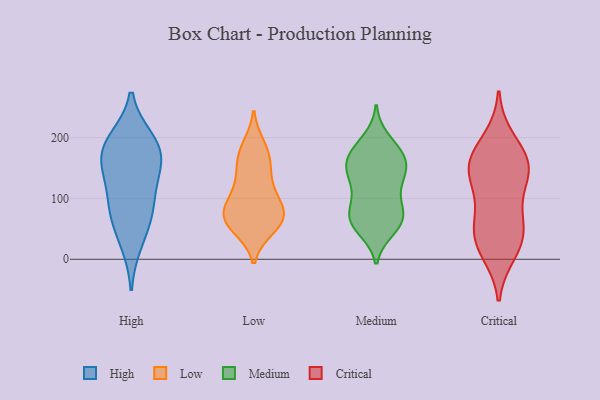
{"axis": {"x": "LTV (USD)", "y": "Value"}, "legend": ["Critical", "High", "Low", "Medium"], "data": [{"x": "", "y": 97, "type": "High"}, {"x": "", "y": 190, "type": "High"}, {"x": "", "y": 181, "type": "High"}, {"x": "", "y": 27, "type": "High"}, {"x": "", "y": 145, "type": "High"}, {"x": "", "y": 71, "type": "High"}, {"x": "", "y": 139, "type": "High"}, {"x": "", "y": 76, "type": "High"}, {"x": "", "y": 196, "type": "High"}, {"x": "", "y": 168, "type": "High"}, {"x": "", "y": 61, "type": "Low"}, {"x": "", "y": 90, "type": "Low"}, {"x": "", "y": 59, "type": "Low"}, {"x": "", "y": 185, "type": "Low"}, {"x": "", "y": 147, "type": "Low"}, {"x": "", "y": 176, "type": "Low"}, {"x": "", "y": 111, "type": "Low"}, {"x": "", "y": 52, "type": "Low"}, {"x": "", "y": 77, "type": "Low"}, {"x": "", "y": 66, "type": "Low"}, {"x": "", "y": 164, "type": "Low"}, {"x": "", "y": 68, "type": "Low"}, {"x": "", "y": 88, "type": "Low"}, {"x": "", "y": 127, "type": "Low"}, {"x": "", "y": 148, "type": "Medium"}, {"x": "", "y": 111, "type": "Medium"}, {"x": "", "y": 69, "type": "Medium"}, {"x": "", "y": 135, "type": "Medium"}, {"x": "", "y": 80, "type": "Medium"}, {"x": "", "y": 155, "type": "Medium"}, {"x": "", "y": 73, "type": "Medium"}, {"x": "", "y": 100, "type": "Medium"}, {"x": "", "y": 62, "type": "Medium"}, {"x": "", "y": 182, "type": "Medium"}, {"x": "", "y": 196, "type": "Medium"}, {"x": "", "y": 140, "type": "Medium"}, {"x": "", "y": 61, "type": "Medium"}, {"x": "", "y": 169, "type": "Medium"}, {"x": "", "y": 59, "type": "Medium"}, {"x": "", "y": 169, "type": "Medium"}, {"x": "", "y": 172, "type": "Medium"}, {"x": "", "y": 50, "type": "Medium"}, {"x": "", "y": 138, "type": "Medium"}, {"x": "", "y": 196, "type": "Critical"}, {"x": "", "y": 128, "type": "Critical"}, {"x": "", "y": 150, "type": "Critical"}, {"x": "", "y": 67, "type": "Critical"}, {"x": "", "y": 38, "type": "Critical"}, {"x": "", "y": 141, "type": "Critical"}, {"x": "", "y": 39, "type": "Critical"}, {"x": "", "y": 25, "type": "Critical"}, {"x": "", "y": 171, "type": "Critical"}, {"x": "", "y": 77, "type": "Critical"}, {"x": "", "y": 12, "type": "Critical"}, {"x": "", "y": 151, "type": "Critical"}, {"x": "", "y": 156, "type": "Critical"}]}